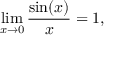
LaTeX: \operatorname* { l i m } _ { x \to 0 } { \frac { \sin ( x ) } { x } } = 1 , \qquad